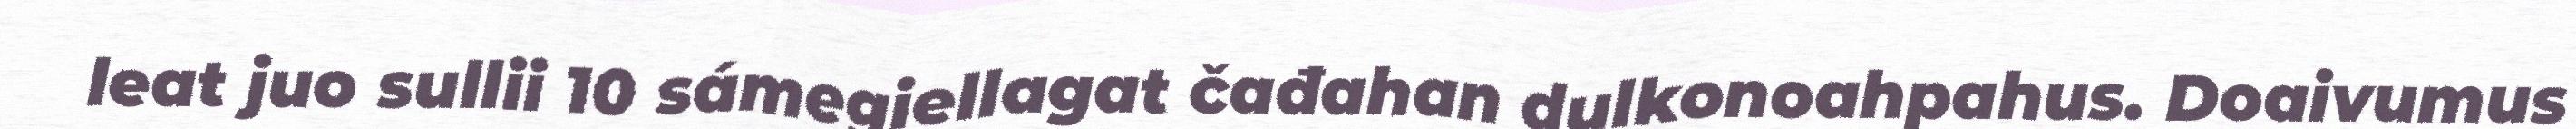
leat juo sullii 10 sámegiellagat čađahan dulkonoahpahus. Doaivumus